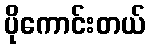
ပိုကောင်းတယ်